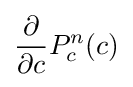
{\frac {\partial }{\partial {c}}}P_{c}^{n}(c)